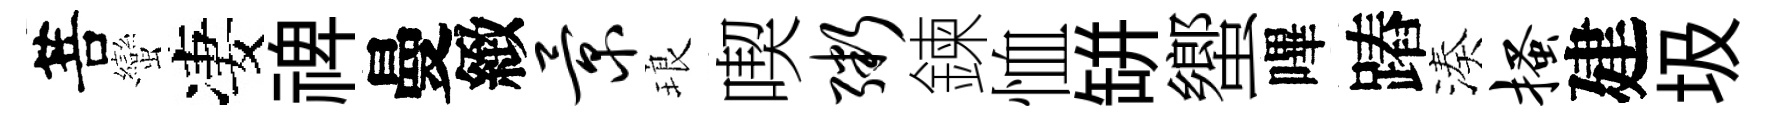
菩蠻凄禆曼緻景琅喫粥鍊恤缾蠁嗶蹖湊搔建圾